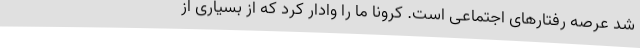
شد عرصه رفتارهای اجتماعی است. کرونا ما را وادار کرد که از بسیاری از